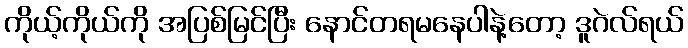
ကိုယ့်ကိုယ်ကို အပြစ်မြင်ပြီး နောင်တရမနေပါနဲ့တော့ ဒူဂဲလ်ရယ်